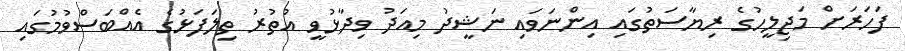
ފަހަރަށް މަޖިލީހުގެެ ރިޔާސަތުގައި އިންނަވައި ނަޝީދު މިއަދު ވިދާޅުވީ އުތުރު ތިލަފަޅުގެ އެއްބަސްވުމުގައި